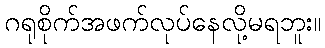
ဂရုစိုက်အဖက်လုပ်နေလို့မရဘူး။